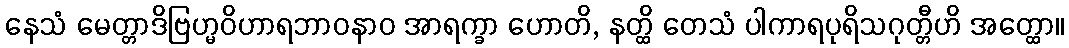
နေသံ မေတ္တာဒိဗြဟ္မဝိဟာရဘာဝနာဝ အာရက္ခာ ဟောတိ, နတ္ထိ တေသံ ပါကာရပုရိသဂုတ္တီဟိ အတ္ထော။